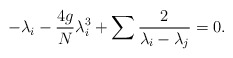
\begin{align*}- \lambda_{i} - {4g\over {N}}\lambda_{i}^{3} + \sum {2\over {\lambda_{i} -\lambda_{j}}} = 0.\end{align*}